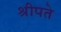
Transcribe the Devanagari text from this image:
श्रीपते